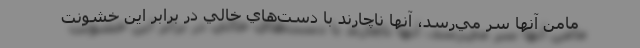
مامن آنها سر مي‌رسد، آنها ناچارند با دست‌هاي خالي در برابر اين خشونت